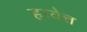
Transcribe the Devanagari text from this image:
हावेत्त